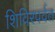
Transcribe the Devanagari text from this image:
शिविरपर्वत